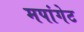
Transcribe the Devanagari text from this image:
मपांगेट